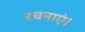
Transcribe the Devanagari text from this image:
रचनाएं।